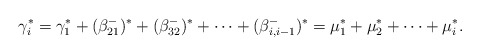
\begin{align*}\gamma_i^*=\gamma_1^*+(\beta^-_{21})^*+(\beta^-_{32})^*+\cdots+(\beta^-_{i,i-1})^*=\mu_1^*+\mu_2^*+\cdots+\mu_i^* .\end{align*}